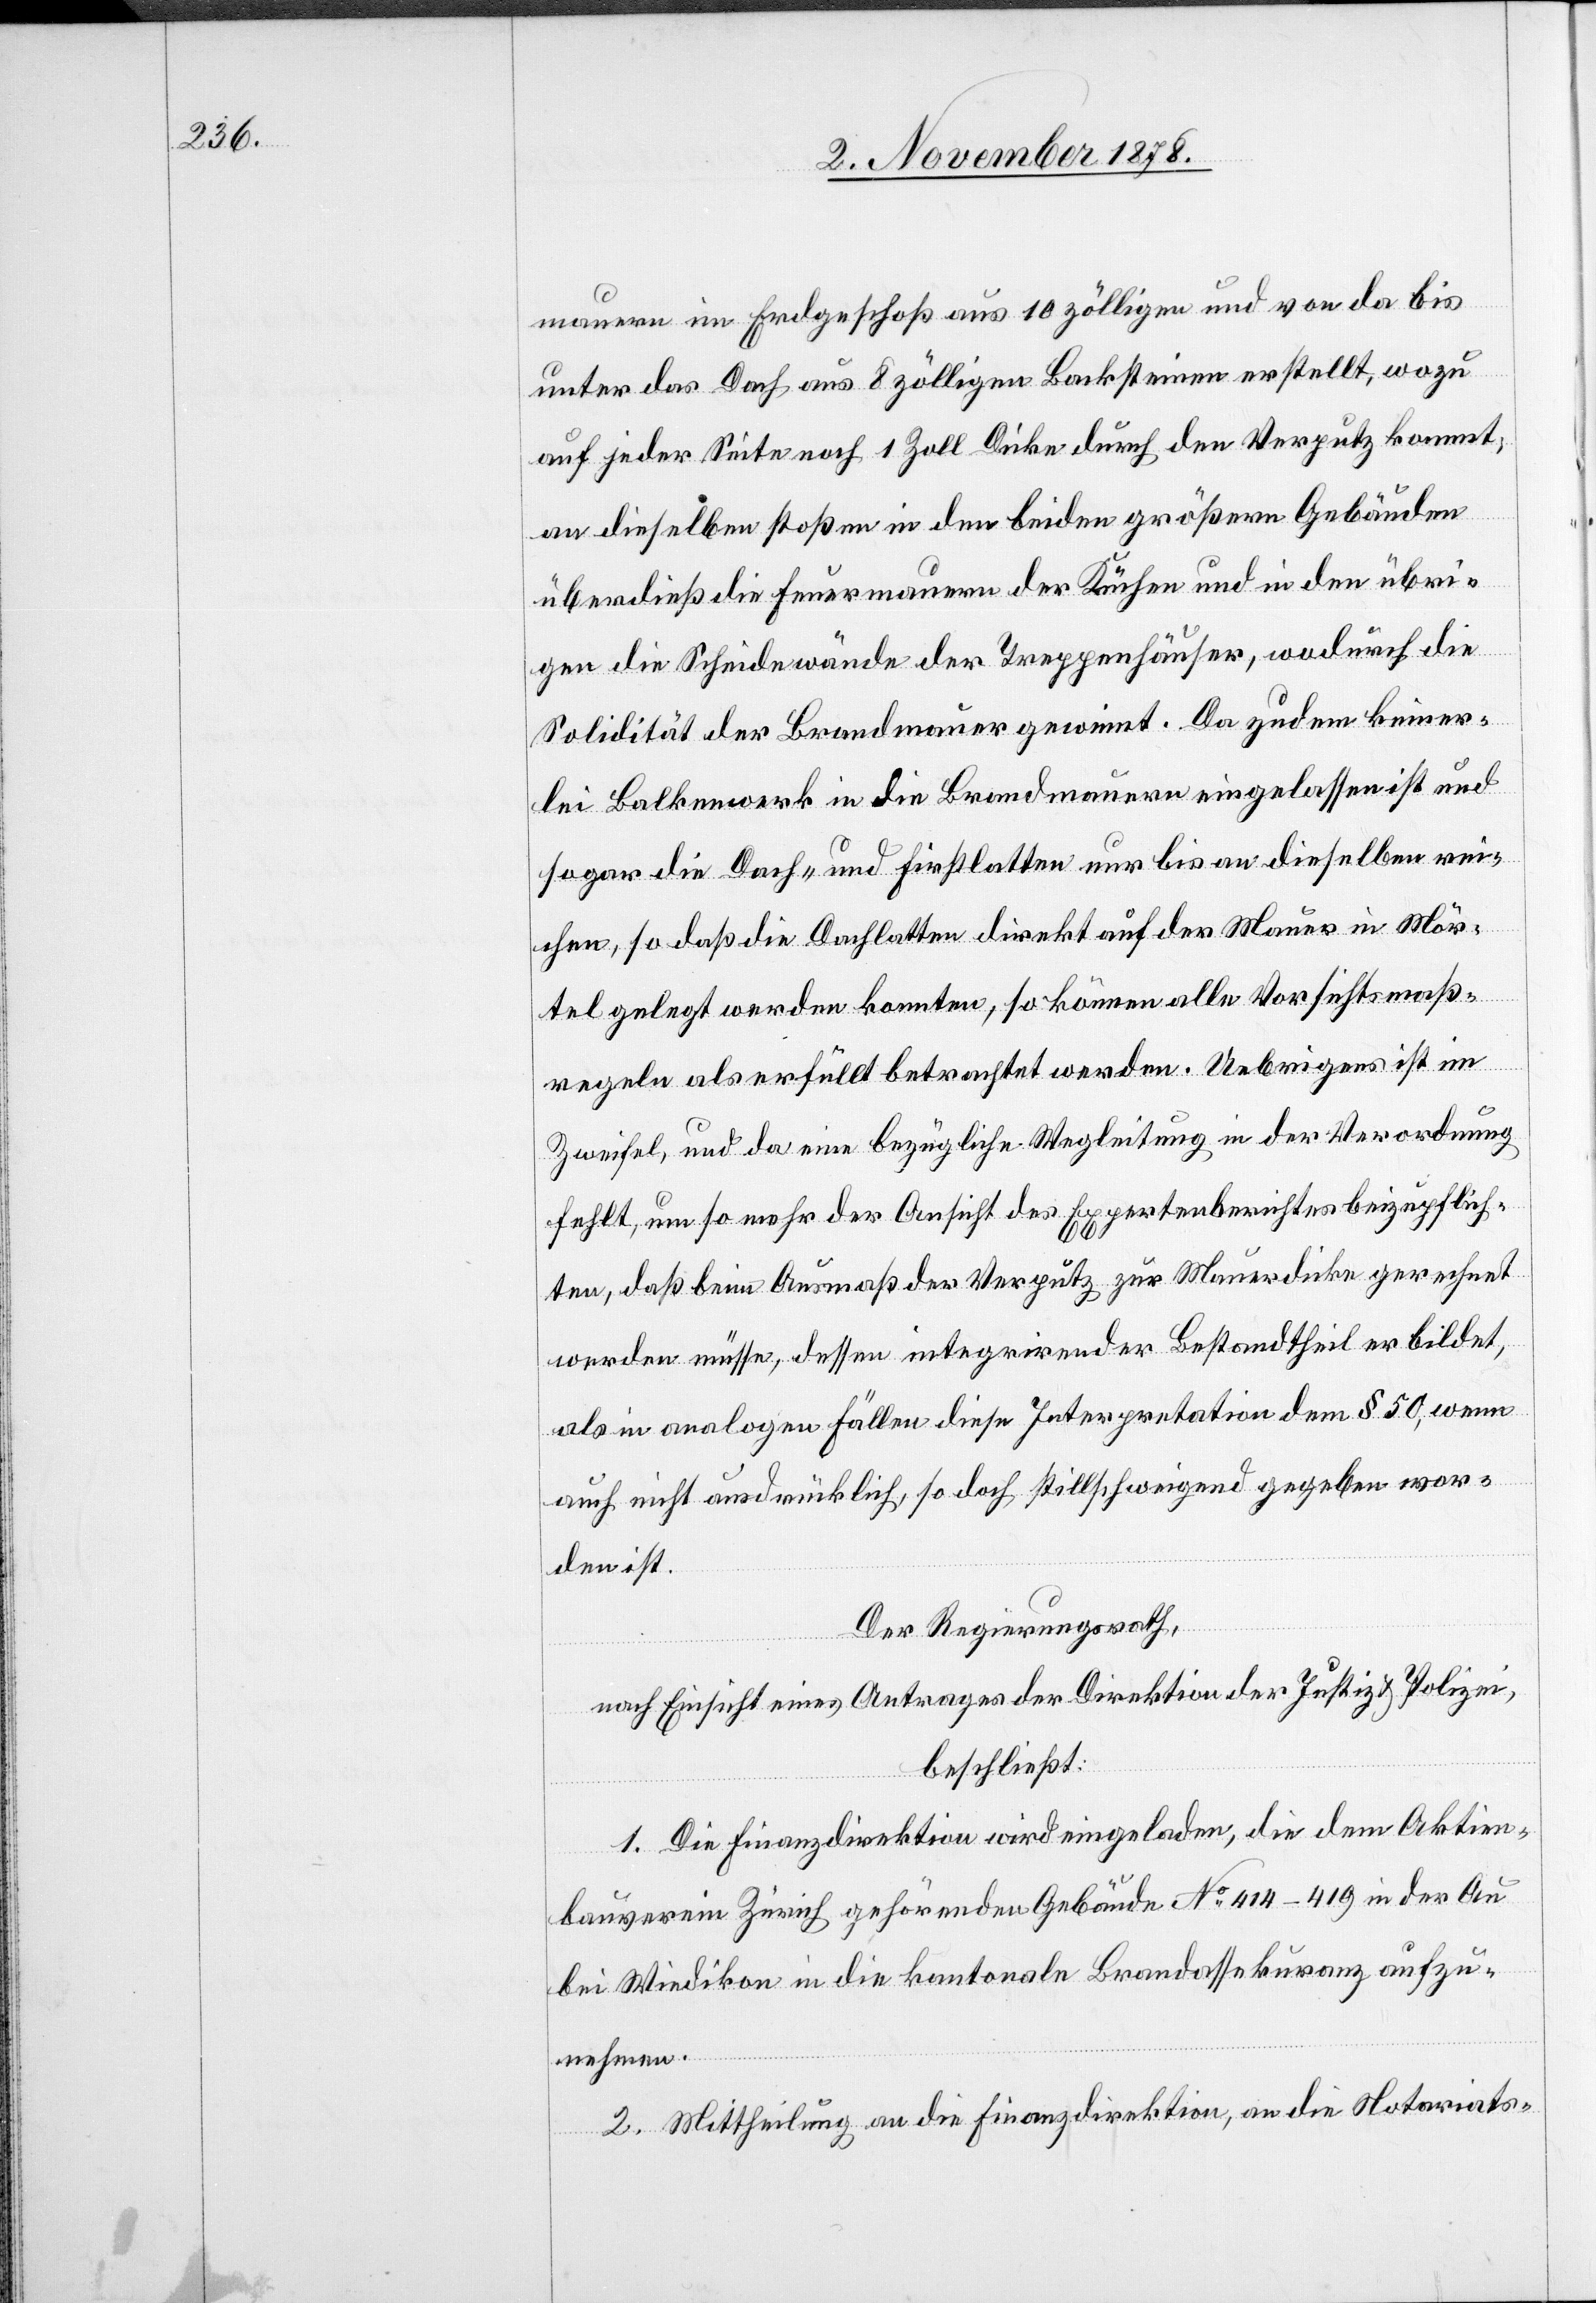
mauern im Erdgeschoß aus 10 zölligen und von da bis
unter das Dach aus 8 zölligen Backsteinen erstellt, wozu
auf jeder Seite noch 1 Zoll Dicke durch den Verputz kommt;
an dieselben stoßen in den beiden größern Gebäuden
überdieß die Feuermauern der Küchen und in den übri¬
gen die Scheidewände der Treppenhäuser, wodurch die
Solidität der Brandmauer gewinnt. Da zudem keiner¬
lei Balkenwerk in die Brandmauern eingelassen ist und
sogar die Dach- und Firstlatten nur bis an dieselben rei¬
chen, so daß die Dachplatten direkt auf der Mauer in Mör¬
tel gelegt werden konnten, so können alle Vorsichtsmaß¬
regeln als erfüllt betrachtet werden. Uebrigens ist im
Zweifel, und da eine bezügliche Wegleitung in der Verordnung
fehlt, um so mehr der Ansicht des Expertenberichtes beizupflich¬
ten, daß beim Ausmaß der Verputz zur Mauerdicke gerechnet
werden müsse, dessen integrirender Bestandtheil er bildet,
als in analogen Fällen diese Interpretation dem § 50, wenn
auch nicht ausdrücklich, so doch stillschweigend gegeben wor¬
den ist.
Der Regierungsrath,
nach Einsicht eines Antrages der Direktion der Justiz & Polizei
beschließt:
1. Die Finanzdirektion wird eingeladen, die dem Aktien¬
bauverein Zürich gehörenden Gebäude No 414–419 in der Au
bei Wiedikon in die kantonale Brandassekuranz aufzu¬
nehmen.
2. Mittheilung an die Finanzdirektion, an die Notariats-